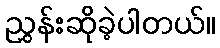
ညွှန်းဆိုခဲ့ပါတယ်။